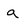
Character: a